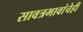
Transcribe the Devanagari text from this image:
सावत्रभावांचेही